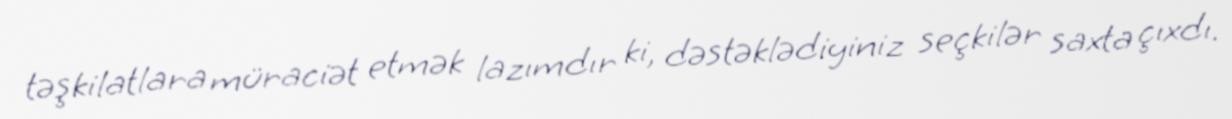
təşkilatlara müraciət etmək lazımdır ki, dəstəklədiyiniz seçkilər saxta çıxdı.